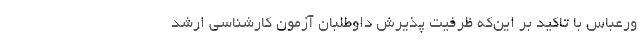
ورعباس با تاکید بر این‌که ظرفیت پذیرش داوطلبان آزمون کارشناسی ارشد